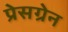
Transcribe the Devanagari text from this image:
प्रेसग्रेन